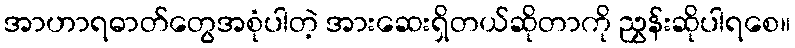
အာဟာရဓာတ်တွေအစုံပါတဲ့ အားဆေးရှိတယ်ဆိုတာကို ညွှန်းဆိုပါရစေ။